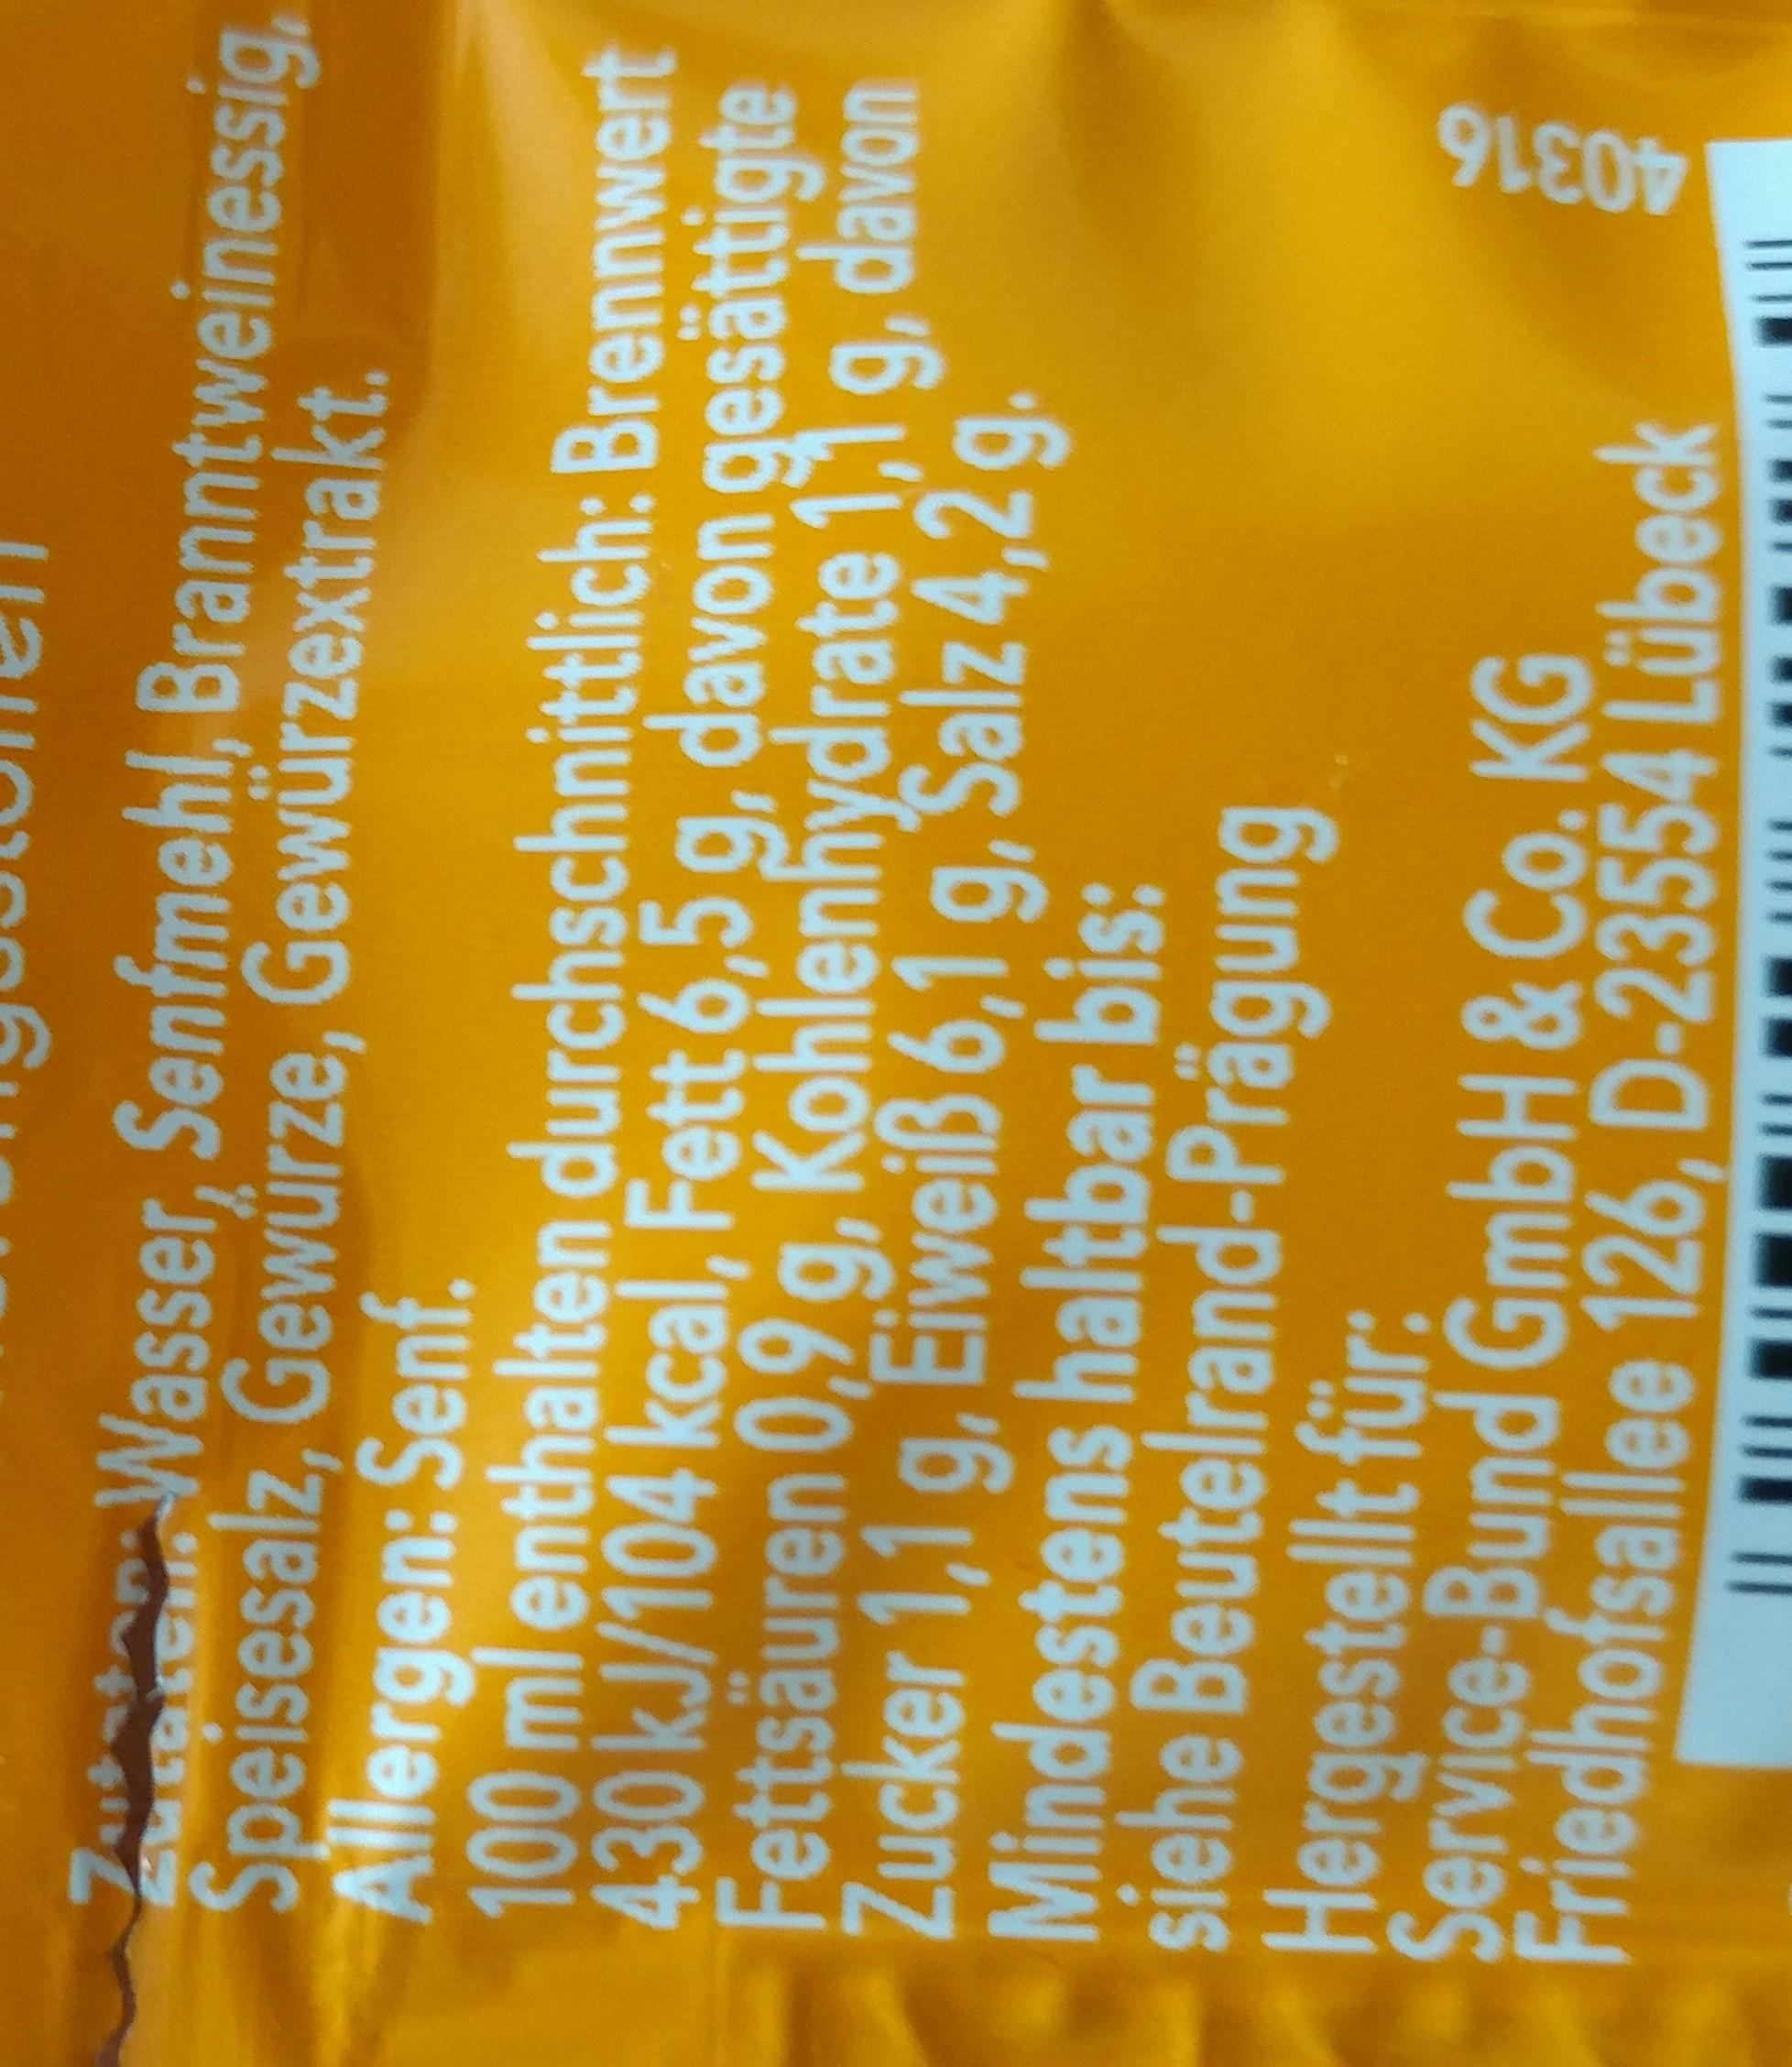
40316
o Wasser, Senfmehl, Branntweinessig, Speisesalz, Gewürze, Gewürzextrakt. Allergen: Senf. 100ml enthalten durchschnittlich: Brennwert 430KJ/104kcal, Fett 6,5 g, davon gesättigte Fettsäuren 0,9 g, Kohlenhydrate 1,1 g, davon Zucker 1,1c Mindestens haltbar bis: siehe Beutelrand-Prägung Hergestellt für: Service-Bund GmbH &Co. KG
g, Eiweiß 6
g,Salz 4,2g
Friedhofsallee 126, D-23554 Lübeck